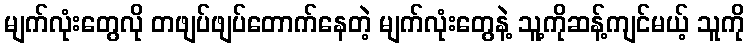
မျက်လုံးတွေလို တဖျပ်ဖျပ်တောက်နေတဲ့ မျက်လုံးတွေနဲ့ သူ့ကိုဆန့်ကျင်မယ့် သူကို